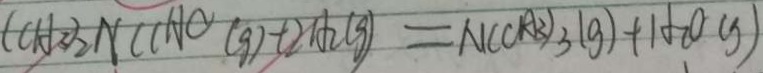
( C H _ { 3 } ) _ { 2 } N C C H O ( g ) + 2 A _ { 2 } ( g ) = N C ( A _ { 3 } ) _ { 3 } ( g ) + H _ { 2 } O ( g )